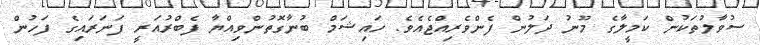
ސުވާލުތަކުން ކަމީލާގެ މޫނު ދަލުން ފެންވެރިއްޖެއެވެ. ހައިޝަމް ބުނާގޮތުންވިއްޔާ ފެބްރުއަރީ ފަނަރައިގެ ފަހުން